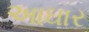
આઘાર